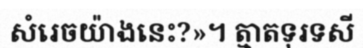
សំរេចយ៉ាងនេះ?»។ ត្មាតទុរទសី